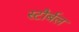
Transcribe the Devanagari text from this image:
स्टौर्बल